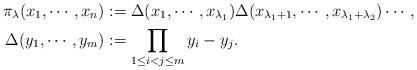
LaTeX: \begin{align*}\pi_\lambda(x_1,\cdots,x_n)&:=\Delta(x_1,\cdots,x_{\lambda_1})\Delta(x_{\lambda_1+1},\cdots,x_{\lambda_1+\lambda_2})\cdots,\\\Delta(y_1,\cdots,y_m)&:=\prod_{1\leq i<j\leq m} y_i-y_j. \end{align*}